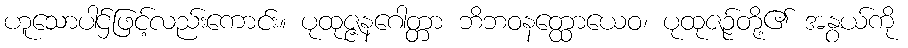
ဟူသောပါဌ်ဖြင့်လည်းကောင်း။ ပုထုဇ္ဇနဂေါတ္တာ ဘိဘဝနတ္ထောယေဝ၊ ပုထုဇဉ်တို့၏ အနွယ်ကို